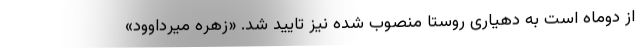
از دوماه است به دهیاری روستا منصوب شده نیز تایید شد. «زهره میرداوود»